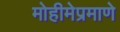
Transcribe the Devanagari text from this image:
मोहीमेप्रमाणे